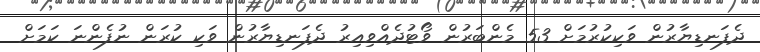
ދެފަނޑިޔާރުން ވަކިކުރުމަށް 53 މެންބަރުން ވޯޓުދެއްވިއިރު ދެފަނޑިޔާރުން ވަކި ކުރަން ނުފެންނަ ކަމަށް